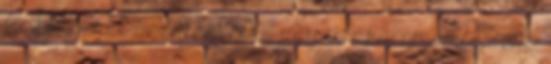
A Lélekkel kezdtem el, s úgy is akarom befejezni,